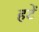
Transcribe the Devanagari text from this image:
हटें